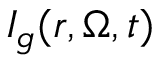
I _ { g } ( \boldsymbol { r } , \boldsymbol { \Omega } , t )